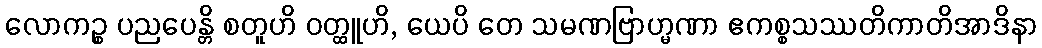
လောကဉ္စ ပညပေန္တိ စတူဟိ ဝတ္ထူဟိ, ယေပိ တေ သမဏဗြာဟ္မဏာ ဧကစ္စသဿတိကာတိအာဒိနာ